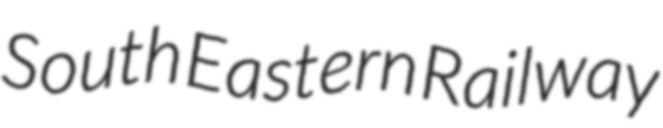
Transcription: South Eastern Railway